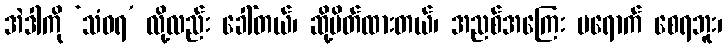
အဲဒါကို ‘သံဝရ’ လို့လည်း ခေါ်တယ်၊ ဆို့ပိတ်ထားတယ်၊ အညစ်အကြေး မရောက် စေရဘူး၊